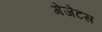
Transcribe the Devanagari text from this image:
गेजेटस